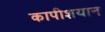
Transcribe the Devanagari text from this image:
कापीशयान